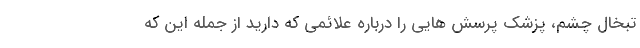
تبخال چشم، پزشک پرسش هایی را درباره علائمی که دارید از جمله این که